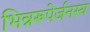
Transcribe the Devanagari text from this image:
भिन्नरूपेर्जनस्य